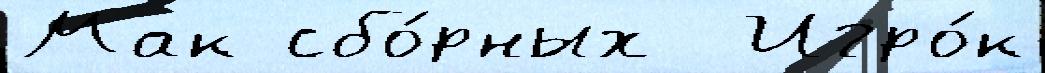
Мак сбо́рных  Игро́к